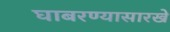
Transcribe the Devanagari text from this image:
घाबरण्यासारखे